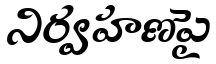
నిర్వహణపై